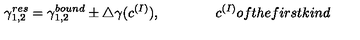
\gamma _ { 1 , 2 } ^ { r e s } = \gamma _ { 1 , 2 } ^ { b o u n d } \pm \triangle \gamma ( c ^ { ( I ) } ) , \qquad \qquad c ^ { ( I ) } { o f t h e f i r s t k i n d }